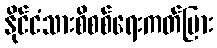
နိုင်ငံသားစိစစ်ရေးကတ်ပြား